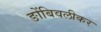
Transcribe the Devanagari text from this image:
ङोंबिवलीकर